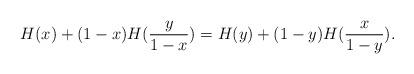
LaTeX: \begin{align*} H(x) + (1 - x)H (\frac{y}{1-x}) = H(y) + (1 - y)H (\frac{x}{1-y}). \end{align*}